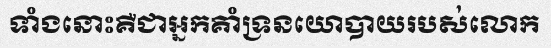
ទាំងនោះគឺជាអ្នកគាំទ្រនយោបាយរបស់លោក